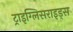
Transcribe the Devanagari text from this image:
ट्राइग्लिसराइड्स